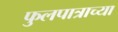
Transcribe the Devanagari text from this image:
फुलपात्राच्या